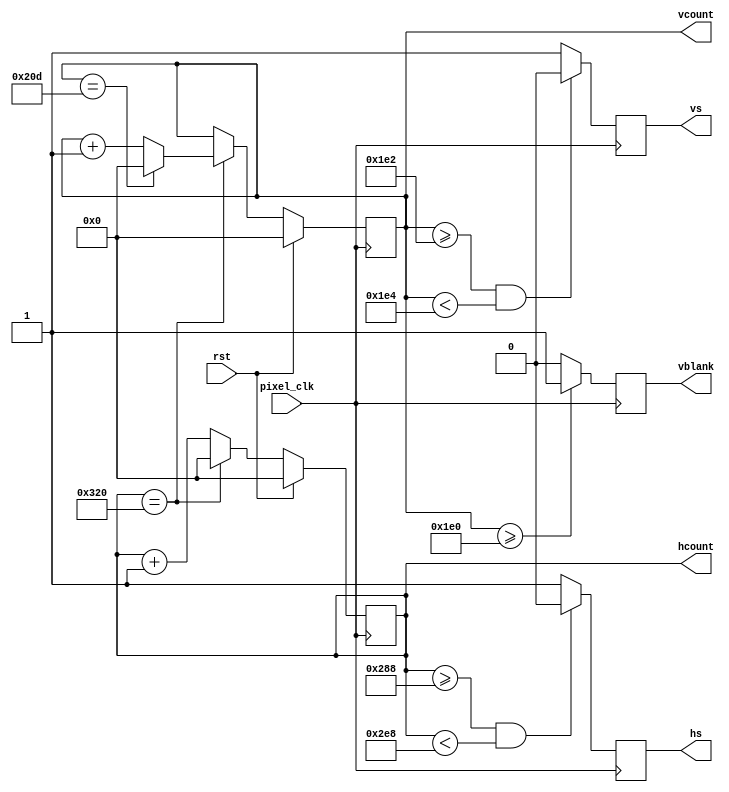
module vga_controller
(
	input                rst,
	input                pixel_clk,
	output       [10:0]  hcount,
	output       [10:0]  vcount,
	output reg           hs,
	output reg           vs,
	output reg           vblank
);

reg   [10:0] hcounter;
reg   [10:0] vcounter;
reg          video_enable;
reg          blanking;

`define HMAX   11'b01100100000 // 800
`define VMAX   11'b01000001101 // 525
`define HLINES 11'b01010000000 // 640
`define HFP    11'b01010001000 // 648
`define HSP    11'b01011101000 // 744
`define VLINES 11'b00111100000 // 480
`define VFP    11'b00111100010 // 482
`define VSP    11'b00111100100 // 484
`define SPP    1'b0

assign hcount = hcounter;
assign vcount = vcounter;

always @(posedge pixel_clk) begin
	vblank <= blanking;
end

always @(posedge pixel_clk) begin
	if (rst == 1'b1)
		hcounter <= 11'b0;
	else if (hcounter == `HMAX)
		hcounter <= 11'b0;
	else
		hcounter <= hcounter + 1;
end

always @(posedge pixel_clk) begin
	if (rst == 1'b1)
		vcounter <= 11'b0;
	else if (hcounter == `HMAX) begin
		if (vcounter == `VMAX)
			vcounter <= 11'b0;
		else
			vcounter <= vcounter + 1;
	end
end

always @(posedge pixel_clk) begin
	if (hcounter >= `HFP && hcounter < `HSP)
		hs <= `SPP;
	else
		hs <= ~`SPP;
end

always @(posedge pixel_clk) begin
	if (vcounter >= `VFP && vcounter < `VSP)
		vs <= `SPP;
	else
		vs <= ~`SPP;
end

always @(hcounter or vcounter) begin
	if (hcounter < `HLINES && vcounter < `VLINES)
		video_enable = 1'b1;
	else
		video_enable = 1'b0;

	if (vcounter >= `VLINES)
		blanking = 1'b1;
	else
		blanking = 1'b0;
end

endmodule